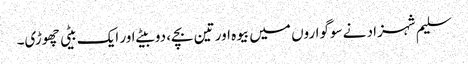
سلیم شہزاد نے سوگواروں میں بیوہ اور تین بچے، دو بیٹے اور ایک بیٹی چھوڑی۔